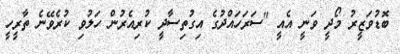
ބޮޑުވަޒީރު މޯދީ ވަނީ އެއީ "ސަރަހައްދުގެ އިގުތިސާދީ ކުރިއެރުން ހަލުވި ކުރެވޭނެ ތާރީހީ